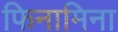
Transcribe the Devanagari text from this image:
फिनामिना